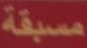
مسبقة